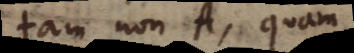
tam non A, quam